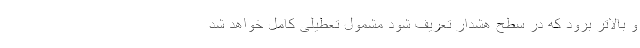
و بالاتر برود که در سطح هشدار تعریف شود مشمول تعطیلی کامل خواهد شد